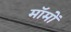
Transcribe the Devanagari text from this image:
मॉमों